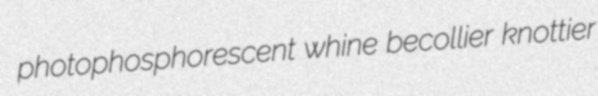
photophosphorescent whine becollier knottier